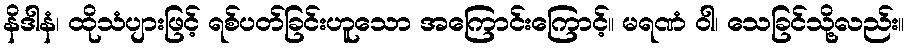
နိဒါနံ၊ ထိုသံပျားဖြင့် ရစ်ပတ်ခြင်းဟူသော အကြောင်းကြောင့်။ မရဏံ ဝါ၊ သေခြင်သို့လည်း။